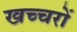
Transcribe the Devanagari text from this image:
खच्‍चरों